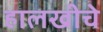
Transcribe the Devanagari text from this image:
हालखीचे